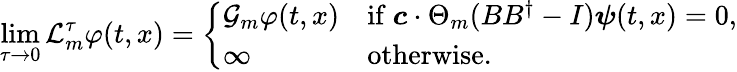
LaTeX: \operatorname*{lim}_{\tau\to 0}\mathcal{L}_{m}^{\tau}\varphi(t,x)=\left\{ \begin{array}{ll}{\mathcal{G}_{m}\varphi(t,x)}&{\mathrm{if~}\boldsymbol{c}\cdot\Theta_{m}(BB^{\dagger}-I)\boldsymbol{\psi}(t,x)=0,}\\ {\infty}&{\mathrm{otherwise.}}\end{array}\right.